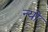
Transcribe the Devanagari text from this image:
न्यो